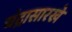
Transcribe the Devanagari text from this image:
चंद्रासारखे